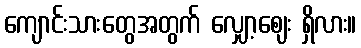
ကျောင်းသားတွေအတွက် လျှော့ဈေး ရှိလား။